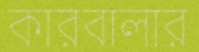
কারবালার